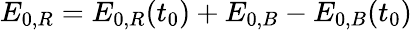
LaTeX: E_{0,R}=E_{0,R}(t_{0})+E_{0,B}-E_{0,B}(t_{0})